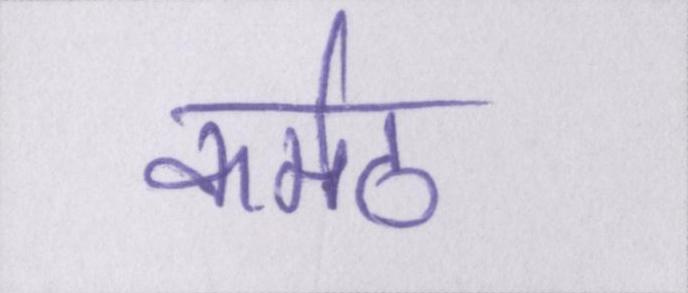
कर्मठ